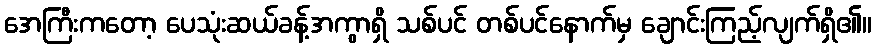
အေကြီးကတော့ ပေသုံးဆယ်ခန့်အကွာရှိ သစ်ပင် တစ်ပင်နောက်မှ ချောင်းကြည့်လျက်ရှိ၏။